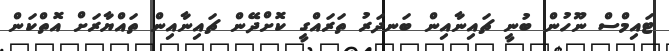
ޓައިމްސް ނޫހުން ބުނީ ޗައިނާއިން ބަނދަރު ތަރައްގީ ކޮށްދޭން ޗައިނާއިން ތައްޔާރަށް އޮތްކަން